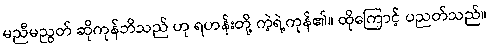
မညီမညွတ် ဆိုကုန်ဘိသည် ဟု ရဟန်းတို့ ကဲ့ရဲ့ကုန်၏။ ထိုကြောင့် ပညတ်သည်။